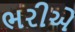
ભરીએ